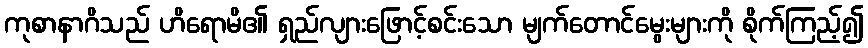
ကုစာနာဂိသည် ဟိရောမိ၏ ရှည်လျားဖြောင့်စင်းသော မျက်တောင်မွေးများကို စိုက်ကြည့်၍